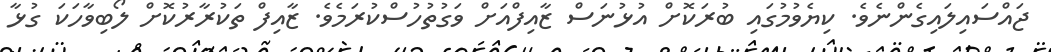
ޖައްސައިލައިގެންނެވެ. ކިޔެވުމުގައި ބުރަކޮށް އުޅުނަސް ޒާއިފްއަށް ވަގުތުހުސްކުރަމެވެ. ޒާއިފް ތަކުރާރުކޮށް ލޯބިވާހަކަ ގުޅާ